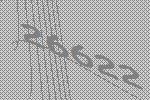
26622